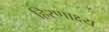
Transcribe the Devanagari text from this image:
हिरणाक्ष्य